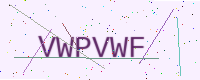
Text: VWPVWF